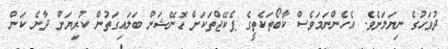
ދުވަހުގެ ނިޔަލަށެވެެެ. އެހެންނަމަވެސް ކާބޯތަކެތީގެ ޕެކޭޖްތަކަށް ޑޮނޭޝަން ބަލައިގަތުން ކުރިޔަށް ދާނެ ކަން